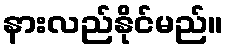
နားလည်နိုင်မည်။